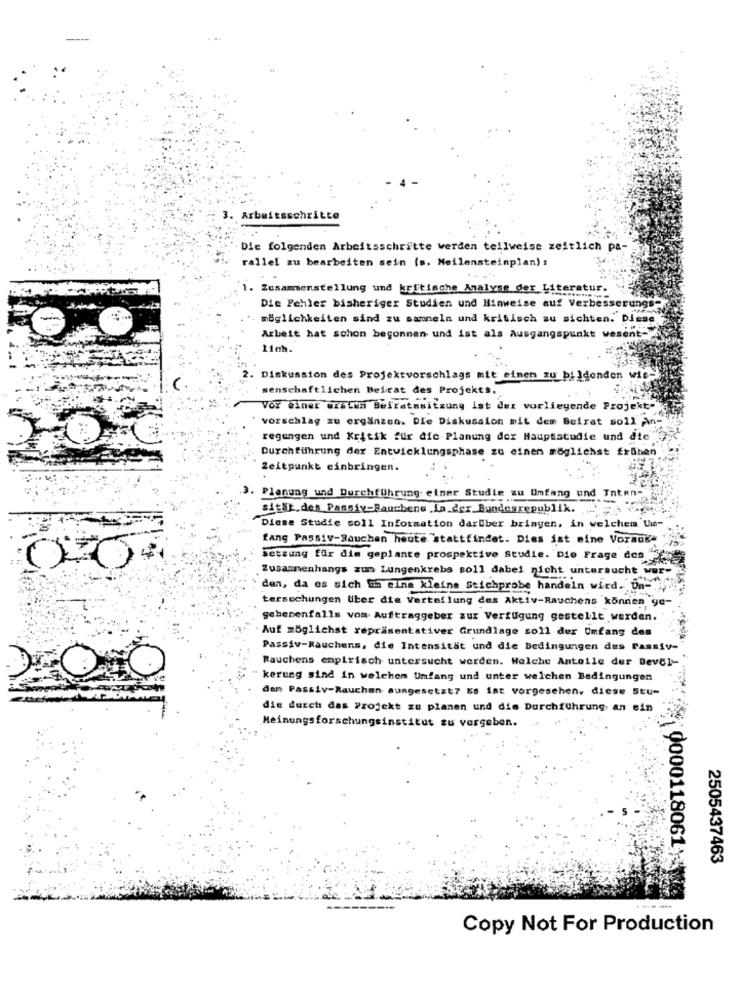
3. Arbeitsschritte
Die folgenden Arbeitsschritte werden teilweise zeitlich pa-
rallel zu bearbeiten sein (s. Meilensteinplan) :
1. Zusammenstellung und keltische Analyse der Literatur.
Die Fehler bisheriger Studien und Hinweise auf Verbesserungs-
möglichkeiten sind zu sammeln und kritisch au sichten. Diese
unkt wesent-
Arbeit hat schon begonnen und ist als Ausgangs
Linh.
2. Diskussion des Projektvorschlags mit einem zu bildenden wie-
senschaftlichen Beirat des Projekts.
Vor einer azalan Bufratssitzung ist der vorliegende Projekt-
vorschlag zu ergänzen. Die Diskussion mit dem Beirat soll An-
regungen und Kritik fur die Planung der Hauptstudie und die"
Durchführung der Entwicklungsphase zu einen möglichst frühen
Zeitpunkt einbringen.
3. Planung und Durchführung: einer Studie zu Umfang und Inten-
sitsi.des Passiv-Rauchene In der Bundesrepublik.
Diese Studie soll Information darüber bringen, in welchem Um-
fang Passiv-Rauchen heute "stattfindet. Dies ist mine Vorauk*
setzung für dim geplante prospektive Studie. Die Frage den 15
Zusammenhangs zum Lungenkrebs soll dabei nicht untersucht wer-
den, da es sich um eine kleine Stichprobe handeln wird. Un-
tersuchungen Uber die Verteilung des Aktiv-Rauchens können ge-
gebenenfalls vom Auftraggeber zur Verfügung gestellt werden.
Auf möglichst repräsentativer Grundlage soll der Umfang den
Passiv-Rauchens, die Intensität und die Bedingungen des Passiv-
Rauchens empirisch untersucht werden. Welche Anteile der Devel-
O
kerung sind in welchem Umfang und unter welchen Bedingungen
den Passiv-Rauchen ausgesetzt7 Es ist vorgesehen, diese Stu-
die durch das Projekt zu planen und die Durchführung: an ein
Meinungsforschungsinstitut zu vergeben.
2505437463
¥0000118061 ;**
Copy Not For Production